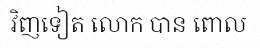
វិញទៀត លោក បាន ពោល